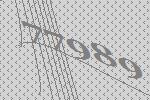
77989